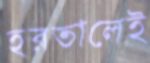
হরতালেই